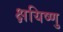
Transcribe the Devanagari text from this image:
क्षयिष्णु